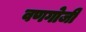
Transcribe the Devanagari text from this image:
वणगोजी